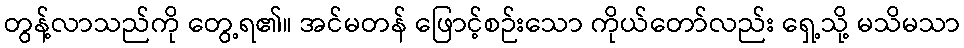
တွန့်လာသည်ကို တွေ့ရ၏။ အင်မတန် ဖြောင့်စဉ်းသော ကိုယ်တော်လည်း ရှေ့သို့ မသိမသာ